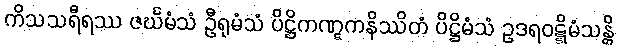
ကိသသရီရဿ ဇင်္ဃမံသံ ဦရုမံသံ ပိဋ္ဌိကဏ္ဋကနိဿိတံ ပိဋ္ဌိမံသံ ဥဒရဝဋ္ဋိမံသန္တိ